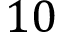
1 0